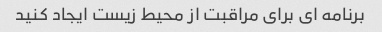
برنامه ای برای مراقبت از محیط زیست ایجاد کنید